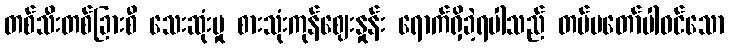
တစ်သီးတစ်ခြားစီ သေးဆုံးမှု စားသုံးကုန်ဈေးနှုန်း ရောက်ရှိခဲ့ရပါသည် တပ်မတော်ပါဝင်သော